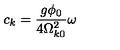
c _ { k } = \frac { g \phi _ { 0 } } { 4 \Omega _ { k 0 } ^ { 2 } } \omega